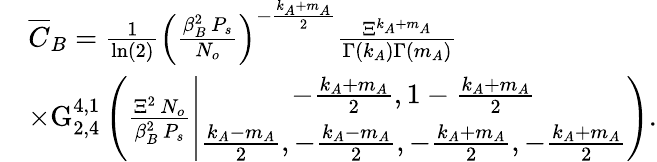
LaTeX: \begin{array}{rl}&{\overline{{C}}_{B}=\frac{1}{\ln(2)}\left(\frac{\beta_{B}^{2}\, P_{s}}{N_{o}}\right)^{-\frac{k_{A}+m_{A}}{2}}\frac{\Xi^{k_{A}+m_{A}}}{\Gamma\left(k_{A}\right)\Gamma\left(m_{A}\right)}}\\ &{\times\mathrm{G}_{2,4}^{4,1}\left(\frac{\Xi^{2}\, N_{o}}{\beta_{B}^{2}\, P_{s}}\left|\begin{array}{c}{-\frac{k_{A}+m_{A}}{2},1-\frac{k_{A}+m_{A}}{2}}\\ {\frac{k_{A}-m_{A}}{2},-\frac{k_{A}-m_{A}}{2},-\frac{k_{A}+m_{A}}{2},-\frac{k_{A}+m_{A}}{2}}\end{array}\right.\right).}\end{array}